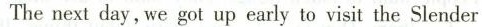
The next day,we got up early to visit the Slender